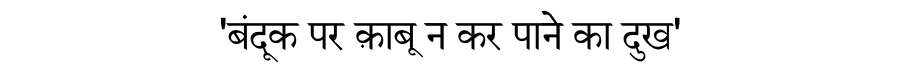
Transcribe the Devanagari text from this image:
'बंदूक पर क़ाबू न कर पाने का दुख'